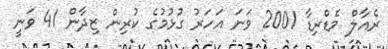
ރެއާލް މެޑްރިޑާ 2001 ވަނަ އަހަރު ގުޅުމުގެ ކުރިން ޒިދާން 41 ވަނީ